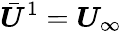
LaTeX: \bar{\boldsymbol{U}}^{1}=\boldsymbol{U}_{\infty}